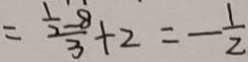
= \frac { \frac { 1 } { 2 } - 8 } { 3 } + 2 = - \frac { 1 } { 2 }